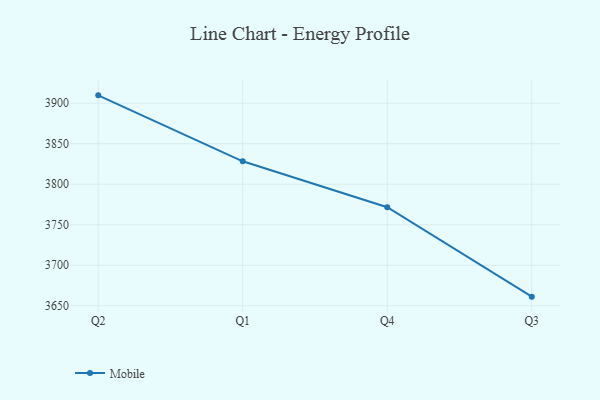
{"axis": {"x": "Quarter", "y": "Revenue (USD Million)"}, "legend": ["Mobile"], "data": [{"x": "Q2", "y": 3909.7, "type": "Mobile"}, {"x": "Q1", "y": 3828.3, "type": "Mobile"}, {"x": "Q4", "y": 3771.6, "type": "Mobile"}, {"x": "Q3", "y": 3661.2, "type": "Mobile"}]}